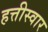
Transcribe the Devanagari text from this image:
हत्तीस्वार